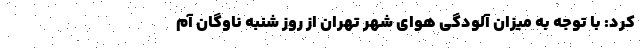
کرد: با توجه به میزان آلودگی هوای شهر تهران از روز شنبه ناوگان آم